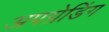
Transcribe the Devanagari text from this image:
अपग्रेडिंग